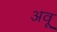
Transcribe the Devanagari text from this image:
अवू